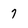
Character: 7